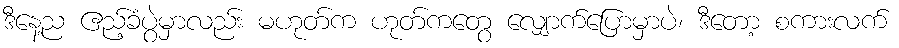
ဒီနေ့ည ဧည့်ခံပွဲမှာလည်း မဟုတ်က ဟုတ်ကတွေ လျှောက်ပြောမှာပဲ၊ ဒီတော့ စကားလက်